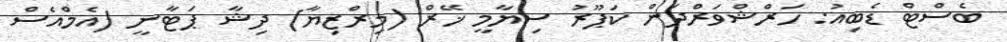
ބެސްޓް ޑެބިއު: ހަރްޝްވަރްދަން ކަޕޫރު ސިޔާމީ ޚޭރް (މިރްޒިޔާ) ދިޝާ ޕަޓާނީ (އެމްއެސް